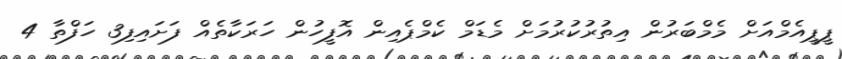
ޕީޕީއެމްއަށް މެމްބަރުން އިތުރުކުރުމަށް މެޑަމް ކެމްޕެއިން އޮފީހުން ހަރަކާތެއް ފަށައިފި3 ހަފްތާ 4